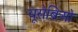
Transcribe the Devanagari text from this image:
यूसेबिओ